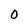
Character: 0